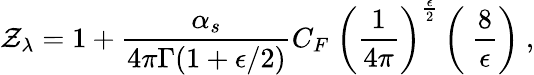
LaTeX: \mathcal{Z}_{{\lambda}}=1+\frac{{\alpha_{s}}}{{4\pi\Gamma(1+\epsilon/2)}}C_{F}~\left({\frac{{1}}{{4\pi}}}\right)^{{\frac{{\epsilon}}{{2}}}}\left(~\frac{{8}}{{\epsilon}}\right)\ ,